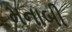
મનાબી